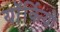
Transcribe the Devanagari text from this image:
यॉर्कियों